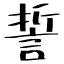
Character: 誓